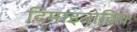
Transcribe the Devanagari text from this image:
दिमाइनोविच